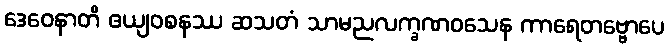
ဒေဝေနာတိ ဧယျဝစနဿ ဆသတံ သာမညလက္ခဏဝသေန ကာရေတဗ္ဗောပေ